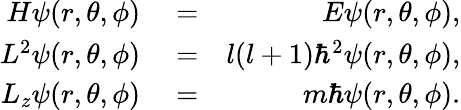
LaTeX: \begin{array}{rlr}{H\psi(r,\theta,\phi)}&{{}=}&{E\psi(r,\theta,\phi),}\\ {L^{2}\psi(r,\theta,\phi)}&{{}=}&{l(l+1)\hbar^{2}\psi(r,\theta,\phi),}\\ {L_{z}\psi(r,\theta,\phi)}&{{}=}&{m\hbar\psi(r,\theta,\phi).}\end{array}